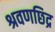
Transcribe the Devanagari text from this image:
श्रवणछिद्र